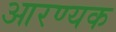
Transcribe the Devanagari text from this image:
आरण्‍यक